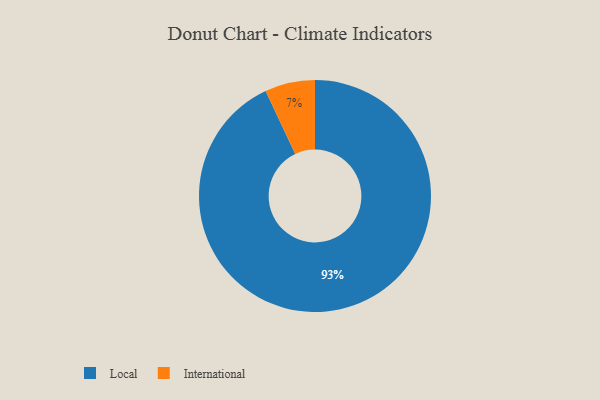
{"axis": {"x": "Category", "y": "Percentage"}, "legend": ["International", "Local"], "data": [{"x": "International", "y": 7, "type": "International"}, {"x": "Local", "y": 93, "type": "Local"}]}